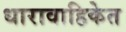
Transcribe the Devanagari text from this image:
धारावाहिकेत